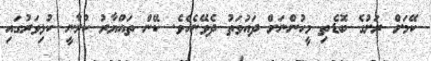
ކޭމަށް ރަށުގެ ބޮޑެތި މީހުންނަށް ދައުވަތު ދެވޭނެއެވެ. ކޭން ތައްޔާރު ކުރާނީ ކުޅިވަރުގައި